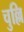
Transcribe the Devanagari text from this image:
चुल्लि